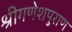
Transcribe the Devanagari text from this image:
श्रीगणेशपुराण